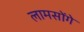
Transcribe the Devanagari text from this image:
लामसोंगे